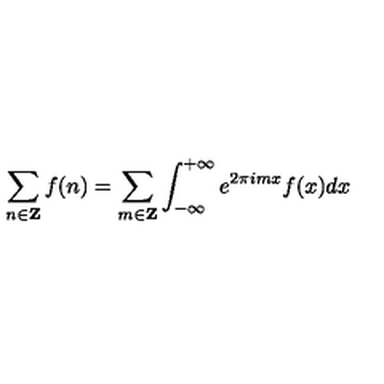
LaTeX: \sum _ { n \in { \bf Z } } f ( n ) = \sum _ { m \in { \bf Z } } \int _ { - \infty } ^ { + \infty } e ^ { 2 \pi i m x } f ( x ) d x